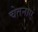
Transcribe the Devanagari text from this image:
चेतनाएं